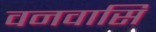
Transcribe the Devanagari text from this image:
वनवासि